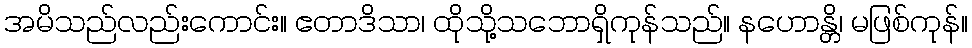
အမိသည်လည်းကောင်း။ ဧတာဒိသာ၊ ထိုသို့သဘောရှိကုန်သည်။ နဟောန္တိ၊ မဖြစ်ကုန်။